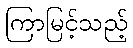
ကြာမြင့်သည့်